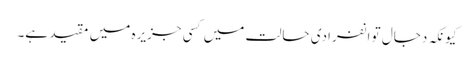
کیونکہ دجال تو انفرادی حالت میں کسی جزیرہ میں مقید ہے۔